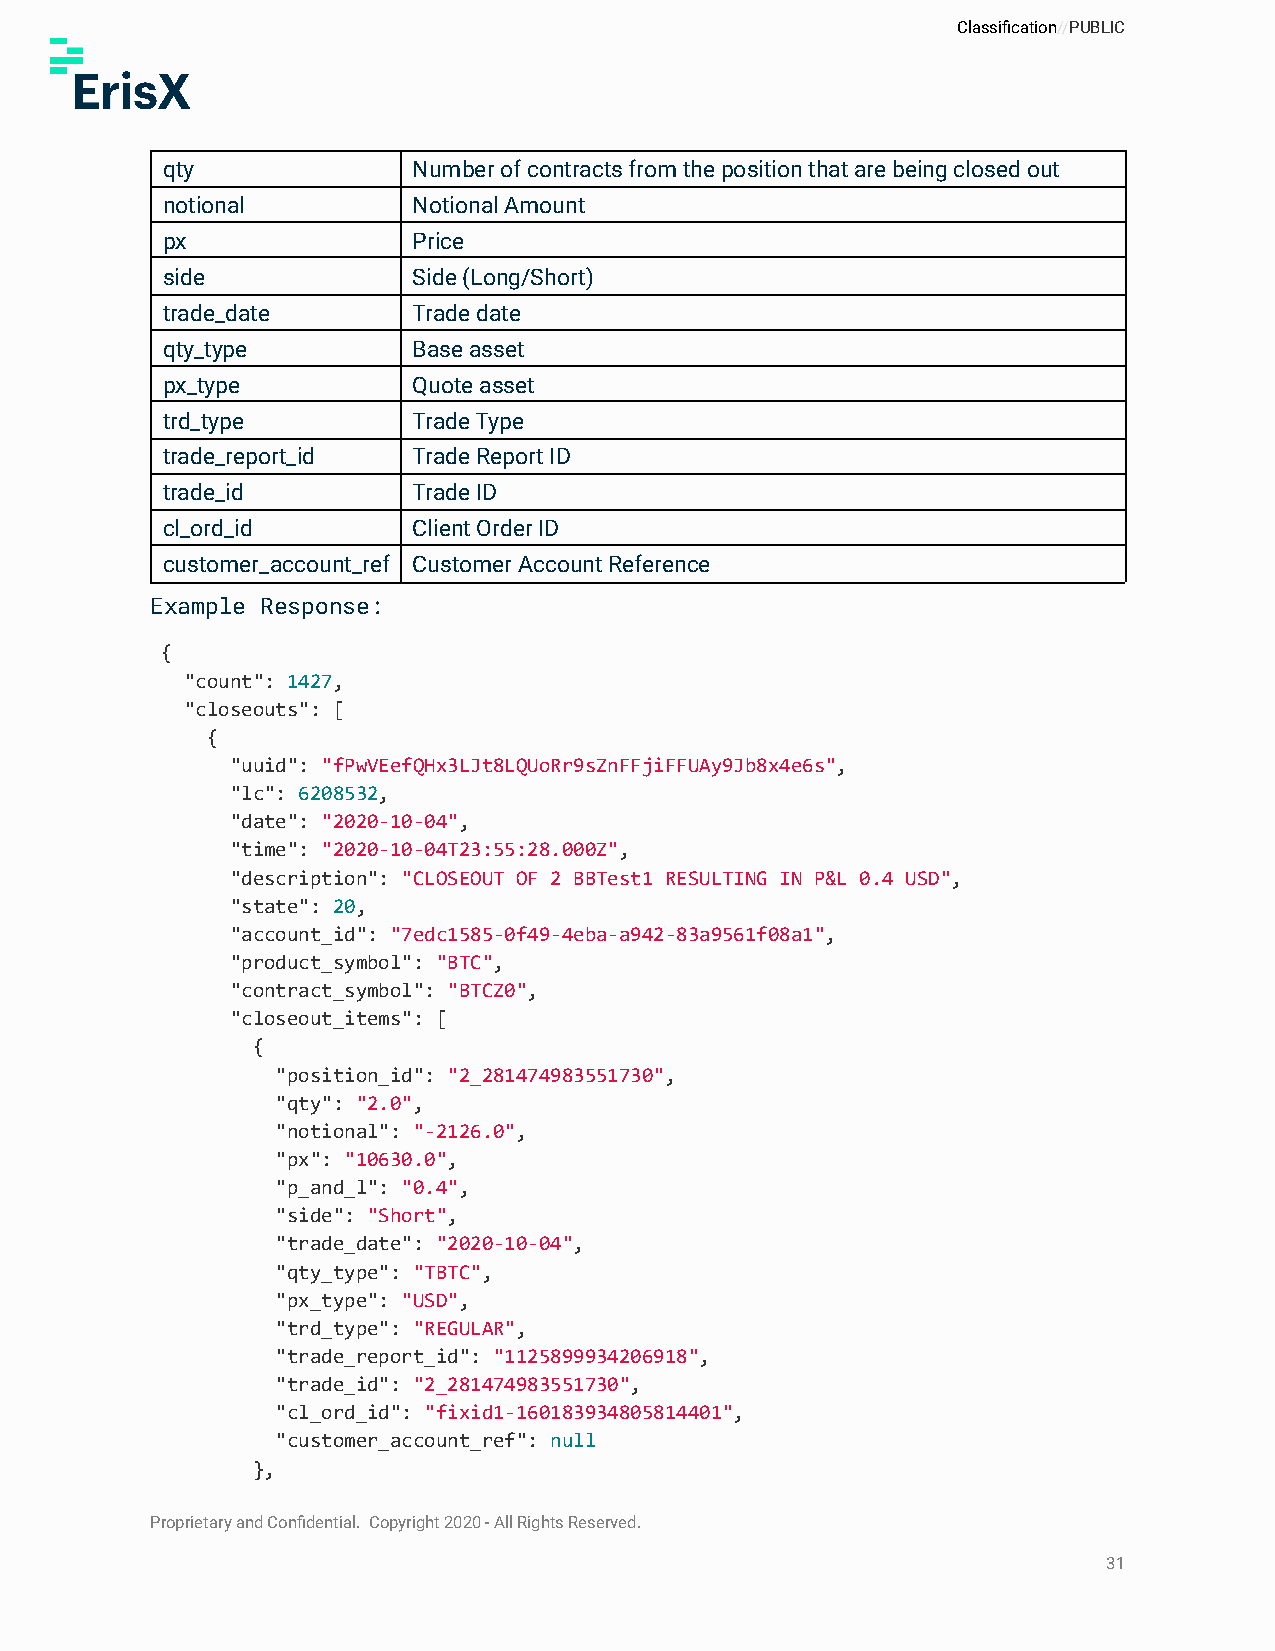
Classification//PUBLIC
 qty             Number of contracts from the position that are being closed out
 notional        Notional Amount
 px              Price
 side            Side (Long/Short)
 trade_date      Trade date
 qty_type        Base asset
 px_type         Quote asset
 trd_type        Trade Type
 trade_report_id Trade Report ID
 trade_id        Trade ID
 cl_ord_id       Client Order ID
 customer_account_ref Customer Account Reference
 Example Response:
 {
 "count": 1427,
 "closeouts": [
 {
 "uuid": "fPwVEefQHx3LJt8LQUoRr9sZnFFjiFFUAy9Jb8x4e6s",
 "lc": 6208532,
 "date": "2020-10-04",
 "time": "2020-10-04T23:55:28.000Z",
 "description": "CLOSEOUT OF 2 BBTest1 RESULTING IN P&L 0.4 USD",
 "state": 20,
 "account_id": "7edc1585-0f49-4eba-a942-83a9561f08a1",
 "product_symbol": "BTC",
 "contract_symbol": "BTCZ0",
 "closeout_items": [
 {
 "position_id": "2_281474983551730",
 "qty": "2.0",
 "notional": "-2126.0",
 "px": "10630.0",
 "p_and_l": "0.4",
 "side": "Short",
 "trade_date": "2020-10-04",
 "qty_type": "TBTC",
 "px_type": "USD",
 "trd_type": "REGULAR",
 "trade_report_id": "1125899934206918",
 "trade_id": "2_281474983551730",
 "cl_ord_id": "fixid1-160183934805814401",
 "customer_account_ref": null
 },
 Proprietary and Confidential. Copyright 2020 - All Rights Reserved.
 31